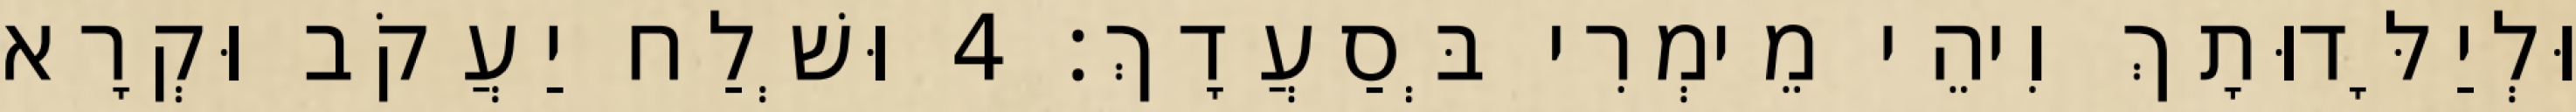
וּלְיַלָּדוּתָךְ וִיהֵי מֵימְרִי בְּסַעֲדָךְ׃ 4 וּשְׁלַח יַעֲקֹב וּקְרָא